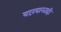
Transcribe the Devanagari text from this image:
वारंवारताही